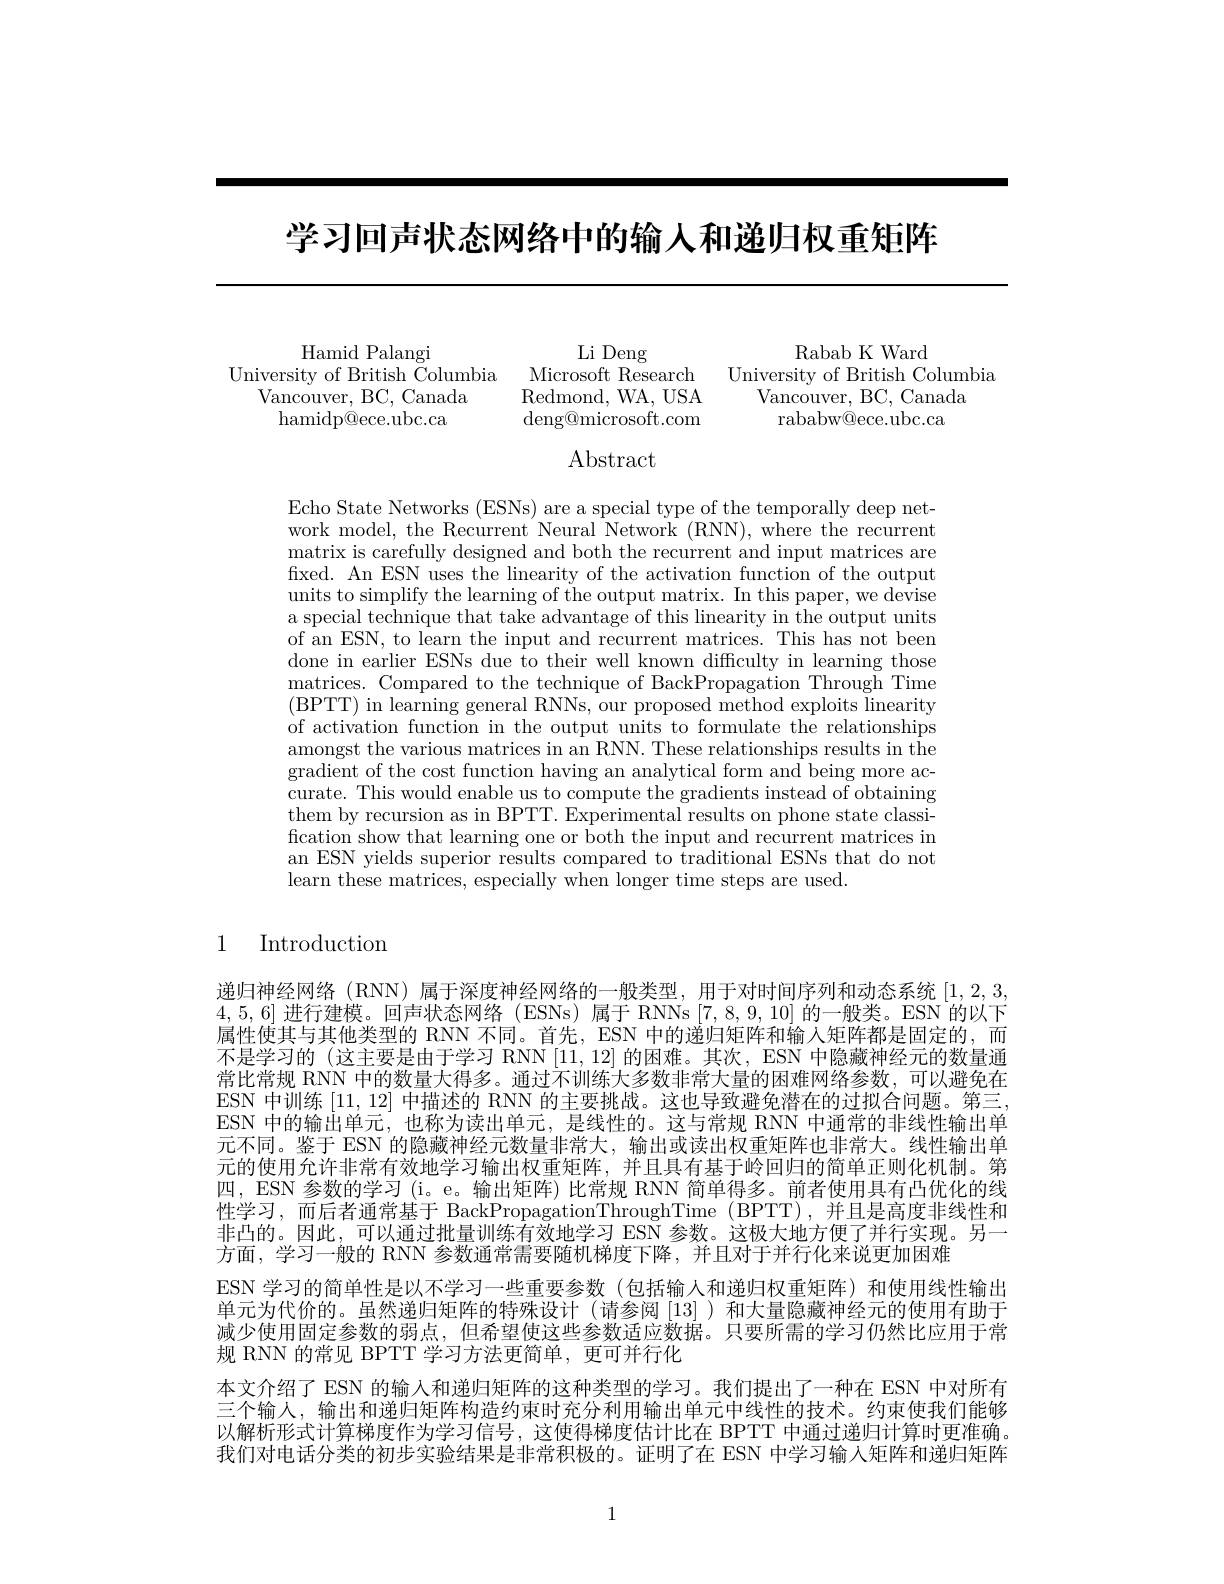
学习回声状态网络中的输人和递归权重矩阵

Hamid Palangi
University of British Čolumbia Microsoft Research University of British Columbia
Vancouver, BC, Canada hamidp@ece.ubc.ca

RababKWard
Li Deng
Redmond, WA, USA
Vancouver, BC, Canada
rababw@ece.ubc.ca
$\operatorname{deng@microsoft.com}$

## Abstract

Echo State Networks (ESNs) are a special type of the temporally deep network model, the Recurrent Neural Network (RNN), where the recurrent matrix is carefully designed and both the recurrent and input matrices are fixed. An ESN uses the linearity of the activation function of the output units to simplify the learning of the output matrix. In this paper, we devise a special technique that take advantage of this linearity in the output units of an ESN, to learn the input and recurrent matrices. This has not been done in earlier ESNs due to their well known difficulty in learning those matrices. Compared to the technique of BackPropagation Through Time (BPTT) in learning general RNNs, our proposed method exploits linearity of activation function in the output units to formulate the relationships amongst the various matrices in an RNN. These relationships results in the gradient of the cost function having an analytical form and being more accurate. This would enable us to compute the gradients instead of obtaining them by recursion as in BPTT. Experimental results on phone state classification show that learning one or both the input and recurrent matrices in an ESN yields superior results compared to traditional ESNs that do not learn these matrices, especially when longer time steps are used.

1 Introduction

递归神经网络 (RNN) 属于深度神经网络的一般类型，用于对时间序列和动态系统[1,2,3, 4,5,6]进行建模。回声状态网络 (ESNs) 属于 RNNs [7,8,9,10]的一般类。ESN 的以下$\dot{\text{属性使其与其他类型的 RNN 不同。首先，ESN 中的递归矩阵和输入矩阵都是固定的，而}}$ 不是学习的 (这主要是由于学习 RNN [11,12] 的困难。其次，ESN 中隐藏神经元的数量通常比常规 RNN 中的数量大得多。通过不训练大多数非常大量的困难网络参数，可以避免在ESN 中训练[11,12]中描述的 RNN 的主要挑战。这也导致避免潜在的过拟合问题。第三， ESN 中的输出单元，也称为读出单元，是线性的。这与常规 RNN 中通常的非线性输出单元不同。鉴于 ESN 的隐藏神经元数量非常大，输出或读出权重矩阵也非常大。线性输出单元的使用允许非常有效地学习输出权重矩阵，并且具有基于岭回归的简单正则化机制。第四，ESN 参数的学习 (i。e。输出矩阵) 比常规 RNN 简单得多。前者使用具有凸优化的线性学习，而后者通常基于 BackPropagationThroughTime (BPTT),并且是高度非线性和非凸的。因此，可以通过批量训练有效地学习 ESN 参数。这极大地方便了并行实现。另一方面，学习一般的 RNN 参数通常需要随机梯度下降，并且对于并行化来说更加困难
ESN 学习的简单性是以不学习一些重要参数 (包括输人和递归权重矩阵) 和使用线性输出单元为代价的。虽然递归矩阵的特殊设计(请参阅[13] )和大量隐藏神经元的使用有助于减少使用固定参数的弱点，但希望使这些参数适应数据。只要所需的学习仍然比应用于常规 RNN 的常见 BPTT 学习方法更简单，更可并行化
本文介绍了 ESN 的输入和递归矩阵的这种类型的学习。我们提出了一种在 ESN 中对所有三个输人，输出和递归矩阵构造约束时充分利用输出单元中线性的技术。约束使我们能够以解析形式计算梯度作为学习信号，这使得梯度估计比在 BPTT 中通过递归计算时更准确。我们对电话分类的初步实验结果是非常积极的。证明了在 ESN 中学习输入矩阵和递归矩阵

1